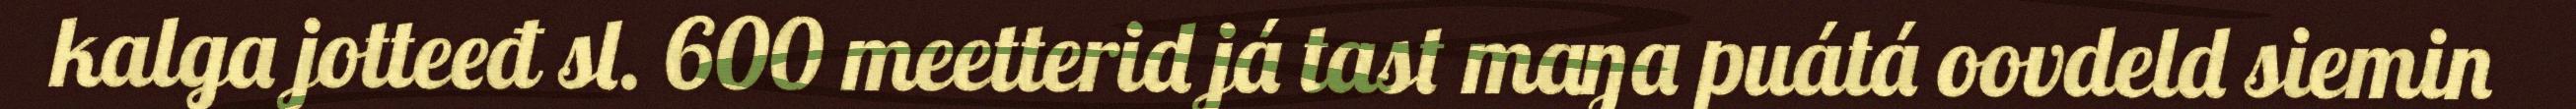
kalga jotteeđ sl. 600 meetterid já tast maŋa puátá oovdeld siemin